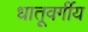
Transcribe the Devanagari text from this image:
धातूवर्गीय